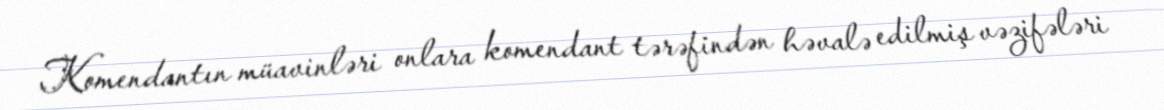
Komendantın müavinləri onlara komendant tərəfindən həvalə edilmiş vəzifələri